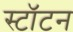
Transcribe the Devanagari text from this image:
स्टॉटन